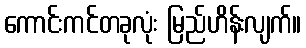
ကောင်းကင်တခုလုံး မြည်ဟိန်းလျက်။